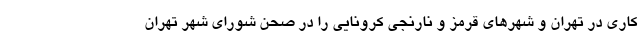
کاری در تهران و شهرهای قرمز و نارنجی کرونایی را در صحن شورای شهر تهران